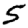
Digit: 5